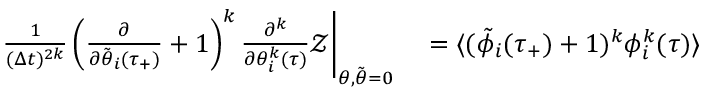
\begin{array} { r l } { \frac { 1 } { ( \Delta t ) ^ { 2 k } } \left( \frac { \partial } { \partial \tilde { \theta } _ { i } ( \tau _ { + } ) } + 1 \right) ^ { k } \frac { \partial ^ { k } } { \partial \theta _ { i } ^ { k } ( \tau ) } \mathcal { Z } \Bigg | _ { \theta , \tilde { \theta } = 0 } } & { { } = \langle ( \tilde { \phi } _ { i } ( \tau _ { + } ) + 1 ) ^ { k } \phi _ { i } ^ { k } ( \tau ) \rangle } \end{array}